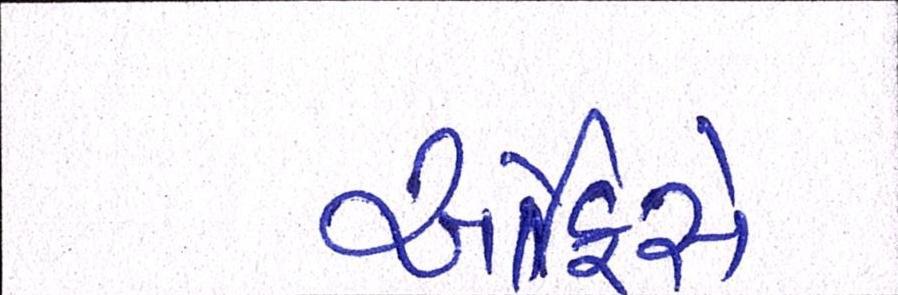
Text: ઓફિસે